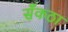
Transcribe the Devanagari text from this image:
सँकठा